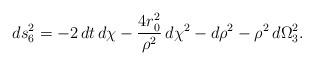
LaTeX: \begin{align*}ds_6^2 = -2\,dt\,d\chi -\frac{4r_0^2}{\rho^{2}}\,d\chi^2 - d\rho^2 -\rho^2\,d\Omega_3^2.\end{align*}